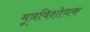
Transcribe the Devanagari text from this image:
मूत्रविशोधक